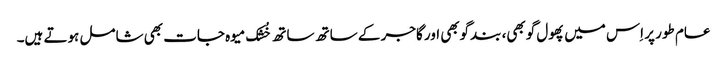
عام طور پر اِس میں پھول گوبھی، بندگوبھی اور گاجر کے ساتھ ساتھ خُشک میوہ جات بھی شامل ہوتے ہیں۔